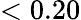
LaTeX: <0.20